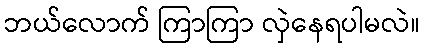
ဘယ်လောက် ကြာကြာ လှဲနေရပါမလဲ။